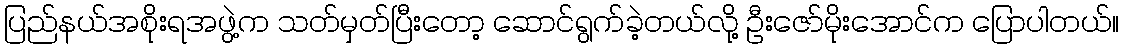
ပြည်နယ်အစိုးရအဖွဲ့က သတ်မှတ်ပြီးတော့ ဆောင်ရွက်ခဲ့တယ်လို့ ဦးဇော်မိုးအောင်က ပြောပါတယ်။